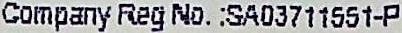
COMPANY REG NO.:SA03711551-P